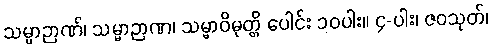
သမ္မာဉာဏ်၊ သမ္မာဉာဏ၊ သမ္မာဝိမုတ္တိ ပေါင်း ၁၀ပါး။ ၄-ပါး၊ ဇဝသုတ်၊